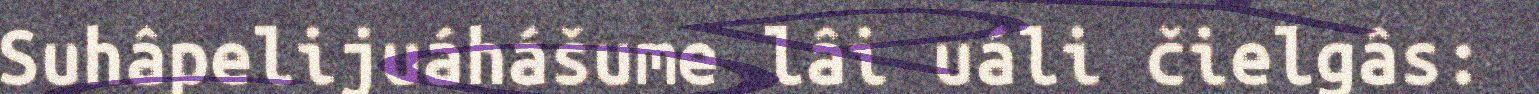
Suhâpelijuáhášume lâi uáli čielgâs: